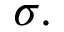
\sigma .